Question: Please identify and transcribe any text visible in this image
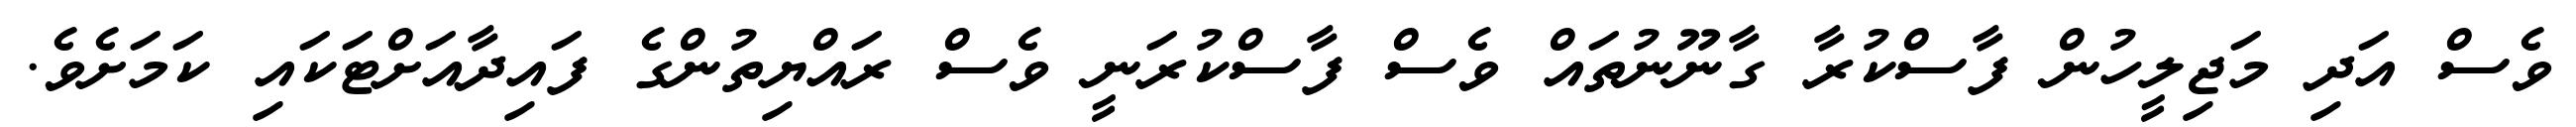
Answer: ވެސް އަދި މަޖިލީހުން ފާސްކުރާ ގާނޫނުތައް ވެސް ފާސްކުރަނީ ވެސް ރައްޔިތުންގެ ފައިދާއަށްޓަކައި ކަމަށެވެ.